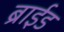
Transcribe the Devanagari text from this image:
ब्राईड